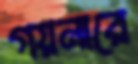
গয়নারে